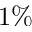
1 \%